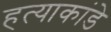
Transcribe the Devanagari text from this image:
हत्याकांडे